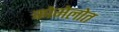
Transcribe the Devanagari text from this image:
कोमेलोत